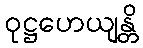
ဝုဋ္ဌဟေယျန္တိ